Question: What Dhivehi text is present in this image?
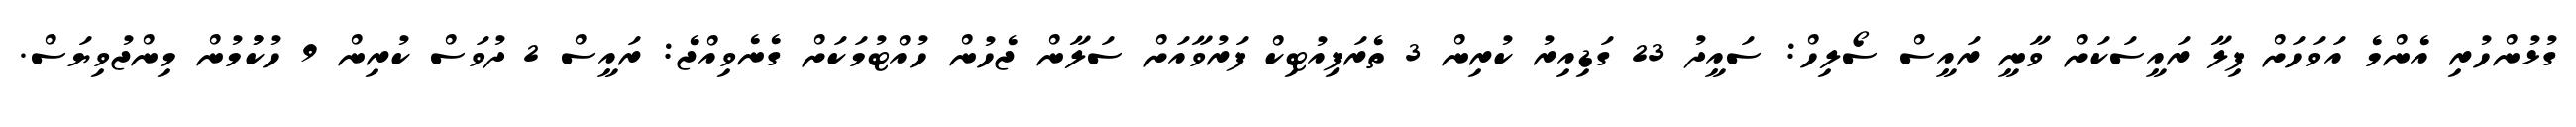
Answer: ގުޅުންހުރި އެންމެ އަވަހަށް ފިލާ ރައީސަކަށް ވާނީ ރައީސް ސޯލިހް: ސައީދު 23 ގަޑިއިރު ކުރިން 3 ތެރަޕިއުޓިކް ފަރުވާއަށް ސަލާން ޖެހުން ހުއްޓުމަކަށް ގެނެވިއްޖެ: ރައީސް 2 ދުވަސް ކުރިން 9 ހުކުުމުން މިންޖުވިޔަސް.